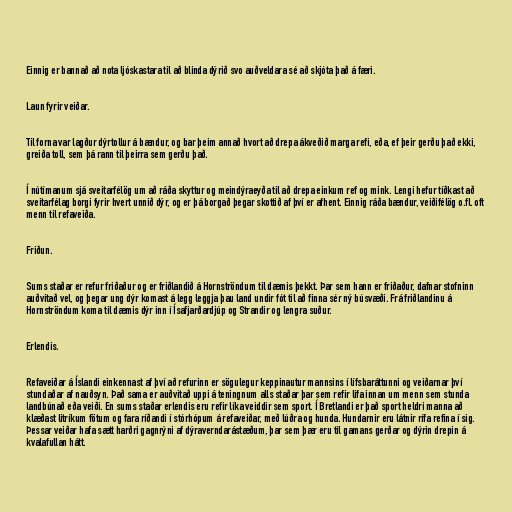
Einnig er bannað að nota ljóskastara til að blinda dýrið svo auðveldara sé að skjóta það á færi.

Laun fyrir veiðar.

Til forna var lagður dýrtollur á bændur, og bar þeim annað hvort að drepa ákveðið marga refi, eða, ef þeir gerðu það ekki,
greiða toll, sem þá rann til þeirra sem gerðu það.

Í nútímanum sjá sveitarfélög um að ráða skyttur og meindýraeyða til að drepa einkum ref og mink. Lengi hefur tíðkast að
sveitarfélag borgi fyrir hvert unnið dýr, og er þá borgað þegar skottið af því er afhent. Einnig ráða bændur, veiðifélög o.fl. oft
menn til refaveiða.

Friðun.

Sums staðar er refur friðaður og er friðlandið á Hornströndum til dæmis þekkt. Þar sem hann er friðaður, dafnar stofninn
auðvitað vel, og þegar ung dýr komast á legg leggja þau land undir fót til að finna sér ný búsvæði. Frá friðlandinu á
Hornströndum koma til dæmis dýr inn í Ísafjarðardjúp og Strandir og lengra suður.

Erlendis.

Refaveiðar á Íslandi einkennast af því að refurinn er sögulegur keppinautur mannsins í lífsbaráttunni og veiðarnar því
stundaðar af nauðsyn. Það sama er auðvitað uppi á teningnum alls staðar þar sem refir lifa innan um menn sem stunda
landbúnað eða veiði. En sums staðar erlendis eru refir líka veiddir sem sport. Í Bretlandi er það sport heldri manna að
klæðast litríkum fötum og fara ríðandi í stórhópum á refaveiðar, með lúðra og hunda. Hundarnir eru látnir rífa refina í sig.
Þessar veiðar hafa sætt harðri gagnrýni af dýraverndarástæðum, þar sem þær eru til gamans gerðar og dýrin drepin á
kvalafullan hátt.